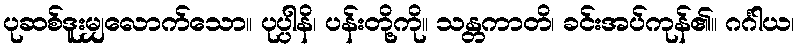
ပုဆစ်ဒူးမျှလောက်သော။ ပုပ္ပါနိ၊ ပန်းတို့ကို။ သန္တကာတိ၊ ခင်းအပ်ကုန်၏။ ဂင်္ဂါယ၊